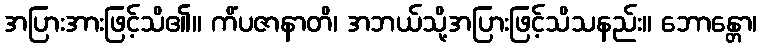
အပြားအားဖြင့်သိ၏။ ကိံပဇာနာတိ၊ အဘယ်သို့အပြားဖြင့်သိသနည်း။ ဘောန္တော၊